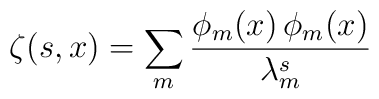
\zeta(s,x)=\sum_m\frac{\phi_m(x)\,\phi_m(x)}{\lambda^s_m}